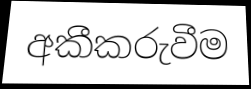
අකීකරුවීම